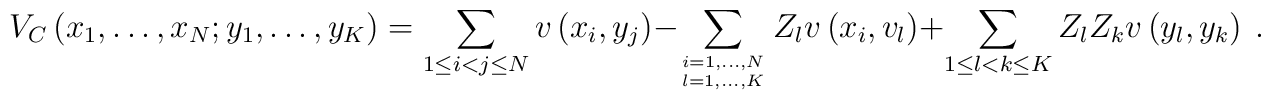
V_C\left( x_1,\ldots,x_N;y_1,\ldots,y_K\right) = \sum_{1\leq i<j\leq  N}v\left( x_i,y_j\right) - \sum_{i=1,\ldots,N \atop l=1,\ldots,K}Z_l v\left( x_i,v_l\right) + \sum_{1\leq l < k \leq K} Z_l Z_k v\left(  y_l, y_k\right) \ .